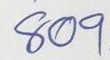
809